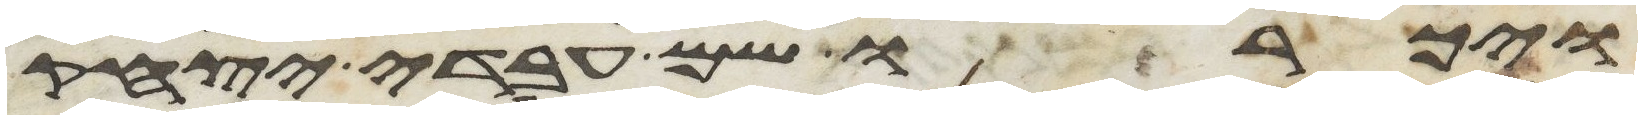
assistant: ויכרו שם עבדי יצחק